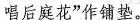
唱后庭花”作铺垫。